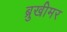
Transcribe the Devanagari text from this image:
ब्रुखीमर